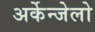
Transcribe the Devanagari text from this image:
अर्केन्जेलो